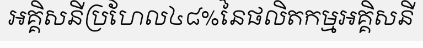
អគ្គិសនីប្រហែល៤៨%នៃផលិតកម្មអគ្គិសនី